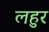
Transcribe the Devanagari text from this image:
लहुर